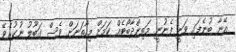
އޭނާ ބުނެފައި ވަނީ ފެނުނީ މަތިންދާބޯޓެއް ކަމަށް މިހާތަނަށް ވެސް ގަބޫލު ނުކުރެވޭ